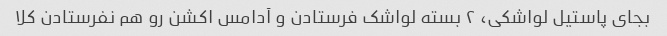
بجای پاستیل لواشکی، ۲ بسته لواشک فرستادن و آدامس اکشن رو هم نفرستادن کلا